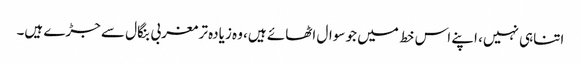
اتناہی نہیں، اپنے اس خط میں جو سوال اٹھائے ہیں، وہ زیادہ تر مغربی بنگال سے جڑے ہیں۔